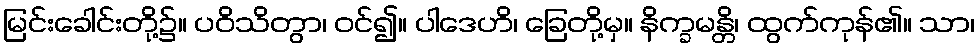
မြင်းခေါင်းတို့၌။ ပဝိသိတွာ၊ ဝင်၍။ ပါဒေဟိ၊ ခြေတို့မှ။ နိက္ခမန္တိ၊ ထွက်ကုန်၏။ သာ၊